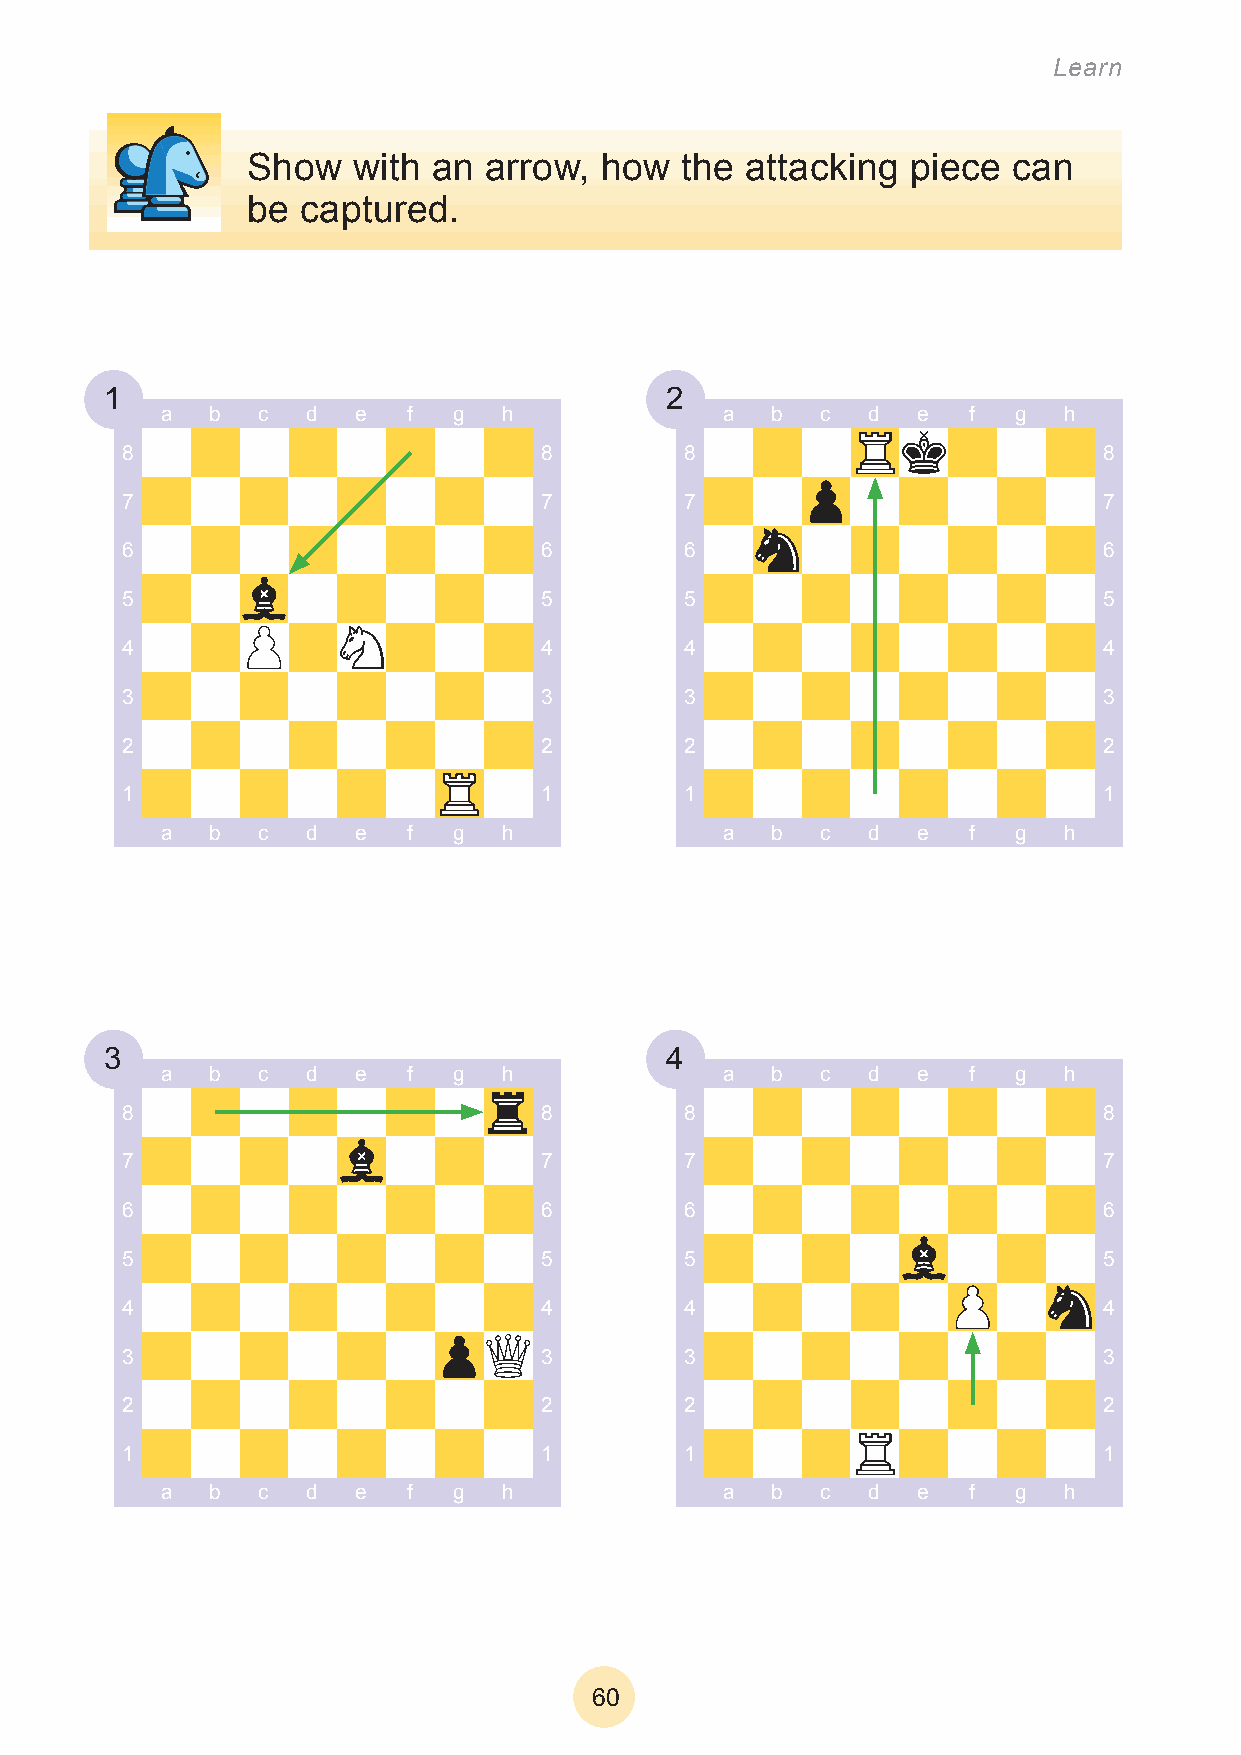
Learn
 Show   with  an arrow,  how  the attacking  piece  can
 be  captured.
 1                                    2
 a  b  c  d   e  f  g  h              a  b  c  d   e  f  g  h
 8                           8        8                           8
 7                           7        7                           7
 6                           6        6                           6
 5                           5        5                           5
 4                           4        4                           4
 3                           3        3                           3
 2                           2        2                           2
 1                           1        1                           1
 a  b  c  d   e  f  g  h              a  b  c   d  e  f  g  h
 3                                    4
 a  b  c  d   e  f  g  h              a  b  c  d   e  f  g  h
 8                           8        8                           8
 7                           7        7                           7
 6                           6        6                           6
 5                           5        5                           5
 4                           4        4                           4
 3                           3        3                           3
 2                           2        2                           2
 1                           1        1                           1
 a  b  c  d   e  f  g  h              a  b  c   d  e  f  g  h
 60